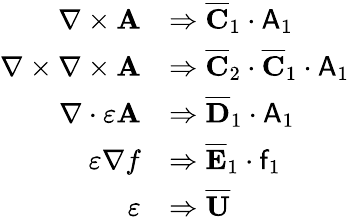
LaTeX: \begin{array}{rl}{\nabla\times\mathbf{A}}&{\Rightarrow\overline{{\mathbf{C}}}_{1}\cdot\mathsf{A}_{1}}\\ {\nabla\times\nabla\times\mathbf{A}}&{\Rightarrow\overline{{\mathbf{C}}}_{2}\cdot\overline{{\mathbf{C}}}_{1}\cdot\mathsf{A}_{1}}\\ {\nabla\cdot\varepsilon\mathbf{A}}&{\Rightarrow\overline{{\mathbf{D}}}_{1}\cdot\mathsf{A}_{1}}\\ {\varepsilon\nabla f}&{\Rightarrow\overline{{\mathbf{E}}}_{1}\cdot\mathsf{f}_{1}}\\ {\varepsilon}&{\Rightarrow\overline{{\mathbf{U}}}}\end{array}